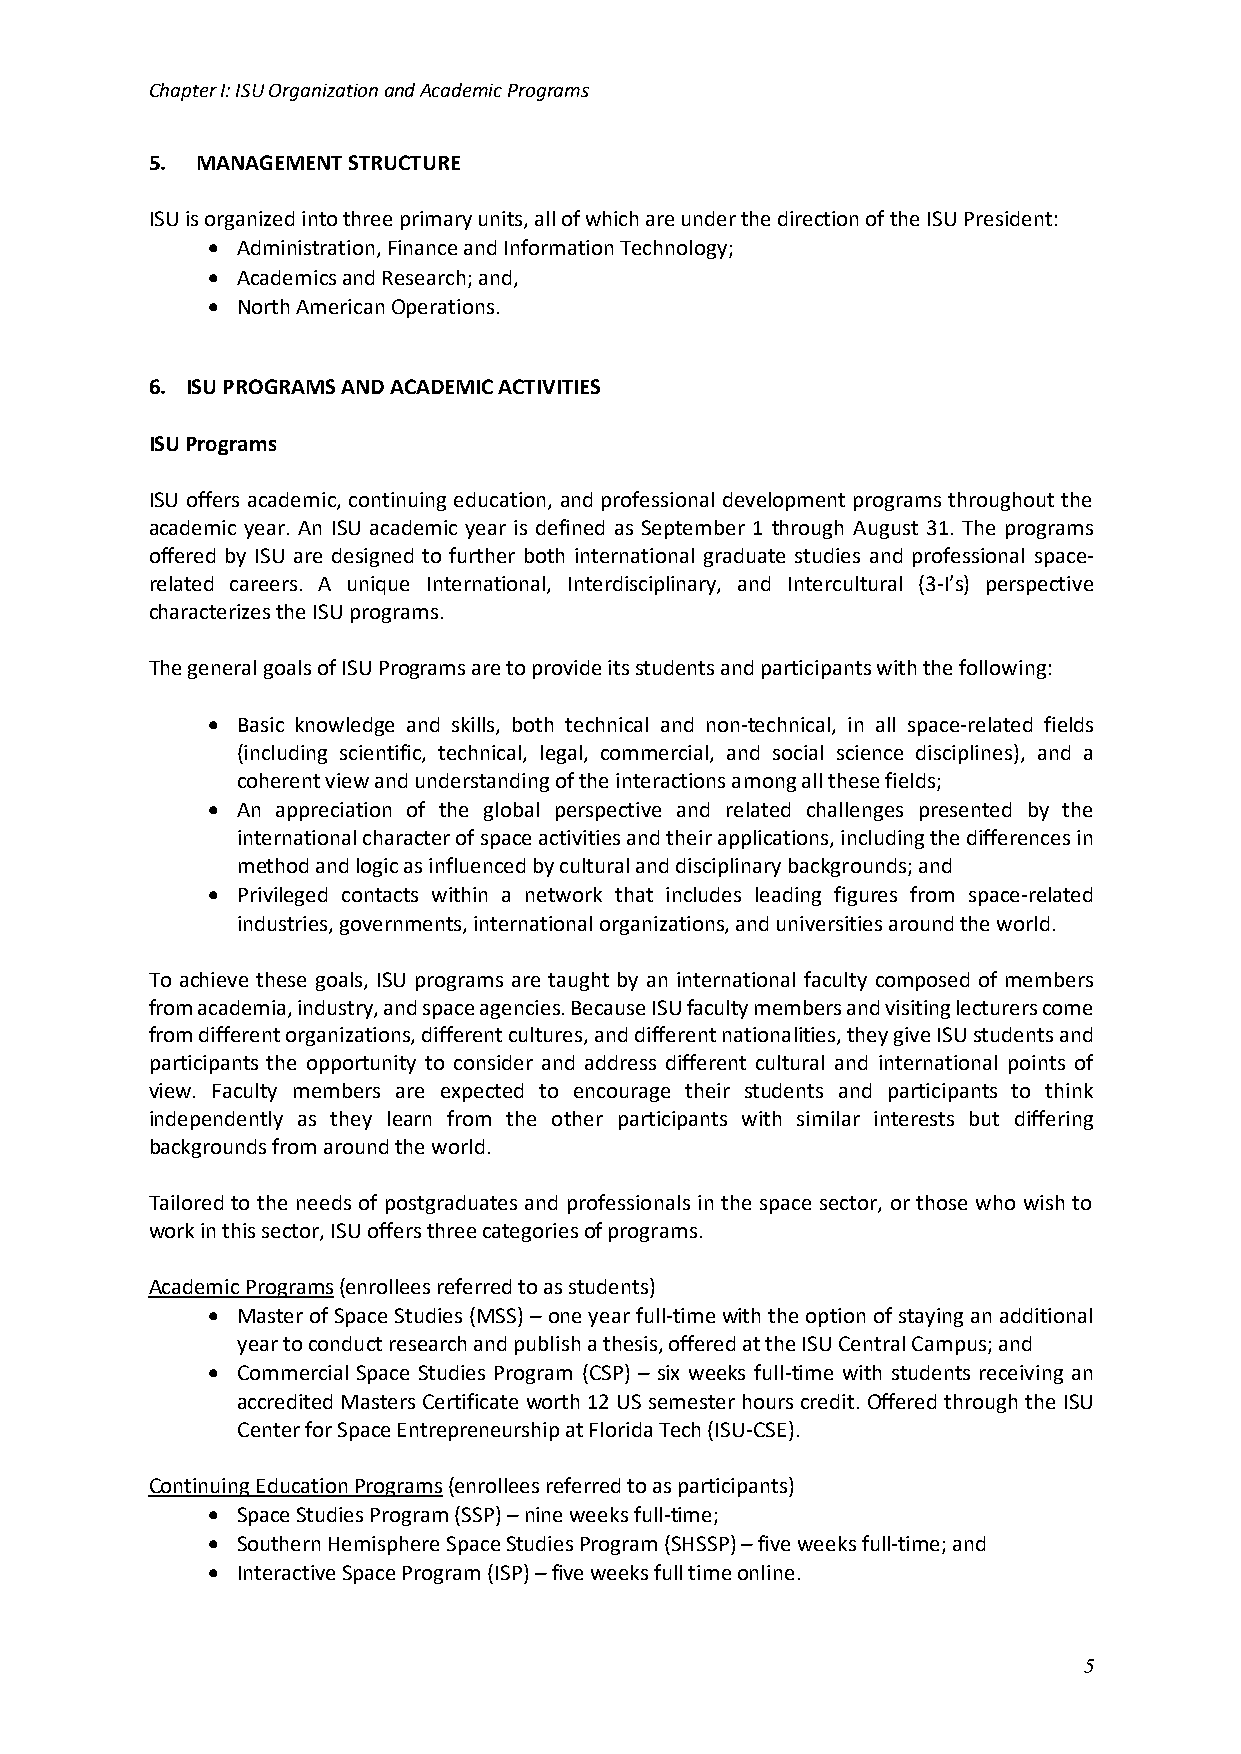
Chapter I: ISU Organization and Academic Programs
 5. MANAGEMENT STRUCTURE
 ISU is organized into three primary units, all of which are under the direction of the ISU President:
 • Administration, Finance and Information Technology;
 • Academics and Research; and,
 • North American Operations.
 6. ISU PROGRAMS AND ACADEMIC ACTIVITIES
 ISU Programs
 ISU offers academic, continuing education, and professional development programs throughout the
 academic year. An ISU academic year is defined as September 1 through August 31. The programs
 offered by ISU are designed to further both international graduate studies and professional space-
 related careers. A unique International, Interdisciplinary, and Intercultural (3-I’s) perspective
 characterizes the ISU programs.
 The general goals of ISU Programs are to provide its students and participants with the following:
 • Basic knowledge and skills, both technical and non-technical, in all space-related fields
 (including scientific, technical, legal, commercial, and social science disciplines), and a
 coherent view and understanding of the interactions among all these fields;
 • An appreciation of the global perspective and related challenges presented by the
 international character of space activities and their applications, including the differences in
 method and logic as influenced by cultural and disciplinary backgrounds; and
 • Privileged contacts within a network that includes leading figures from space-related
 industries, governments, international organizations, and universities around the world.
 To achieve these goals, ISU programs are taught by an international faculty composed of members
 from academia, industry, and space agencies. Because ISU faculty members and visiting lecturers come
 from different organizations, different cultures, and different nationalities, they give ISU students and
 participants the opportunity to consider and address different cultural and international points of
 view. Faculty members are expected to encourage their students and participants to think
 independently as they learn from the other participants with similar interests but differing
 backgrounds from around the world.
 Tailored to the needs of postgraduates and professionals in the space sector, or those who wish to
 work in this sector, ISU offers three categories of programs.
 Academic Programs (enrollees referred to as students)
 • Master of Space Studies (MSS) – one year full-time with the option of staying an additional
 year to conduct research and publish a thesis, offered at the ISU Central Campus; and
 • Commercial Space Studies Program (CSP) – six weeks full-time with students receiving an
 accredited Masters Certificate worth 12 US semester hours credit. Offered through the ISU
 Center for Space Entrepreneurship at Florida Tech (ISU-CSE).
 Continuing Education Programs (enrollees referred to as participants)
 • Space Studies Program (SSP) – nine weeks full-time;
 • Southern Hemisphere Space Studies Program (SHSSP) – five weeks full-time; and
 • Interactive Space Program (ISP) – five weeks full time online.
 5